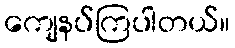
ကျေနပ်ကြပါတယ်။